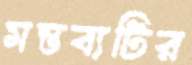
মন্তব্যটির